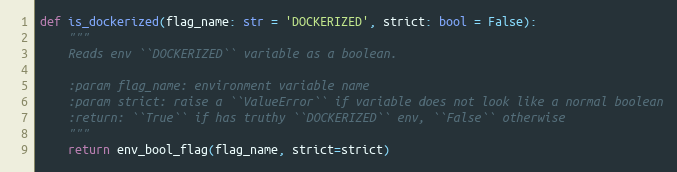
Language: Python
def is_dockerized(flag_name: str = 'DOCKERIZED', strict: bool = False):
    """
    Reads env ``DOCKERIZED`` variable as a boolean.

    :param flag_name: environment variable name
    :param strict: raise a ``ValueError`` if variable does not look like a normal boolean
    :return: ``True`` if has truthy ``DOCKERIZED`` env, ``False`` otherwise
    """
    return env_bool_flag(flag_name, strict=strict)